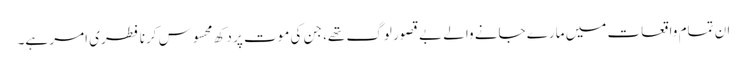
ان تمام واقعات میں مارے جانے والے بے قصور لوگ تھے، جن کی موت پر دکھ محسوس کرنا فطری امر ہے۔